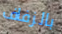
بالزفاف